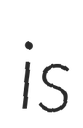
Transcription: is